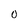
Character: O